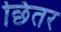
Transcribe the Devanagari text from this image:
छितर